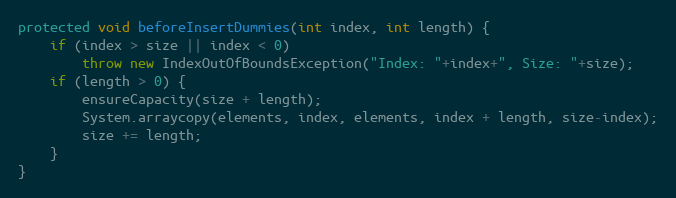
Language: Java
protected void beforeInsertDummies(int index, int length) {
	if (index > size || index < 0)
		throw new IndexOutOfBoundsException("Index: "+index+", Size: "+size);
	if (length > 0) {
		ensureCapacity(size + length);
	    System.arraycopy(elements, index, elements, index + length, size-index);
		size += length;
	}
}